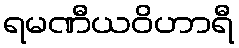
ရမဏီယဝိဟာရီ